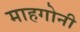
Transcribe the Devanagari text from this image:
माहगोनी